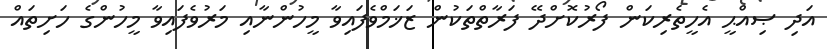
އަދި ޞިއްޙީ އެހީތެރިކަން ފޯރުކޮށްދޭ ފަރާތްތަކުން ޒަޚަމްވެފައިވާ މީހުންނާއި މަރުވެފައިވާ މީހުންގެ ހަށިތައް